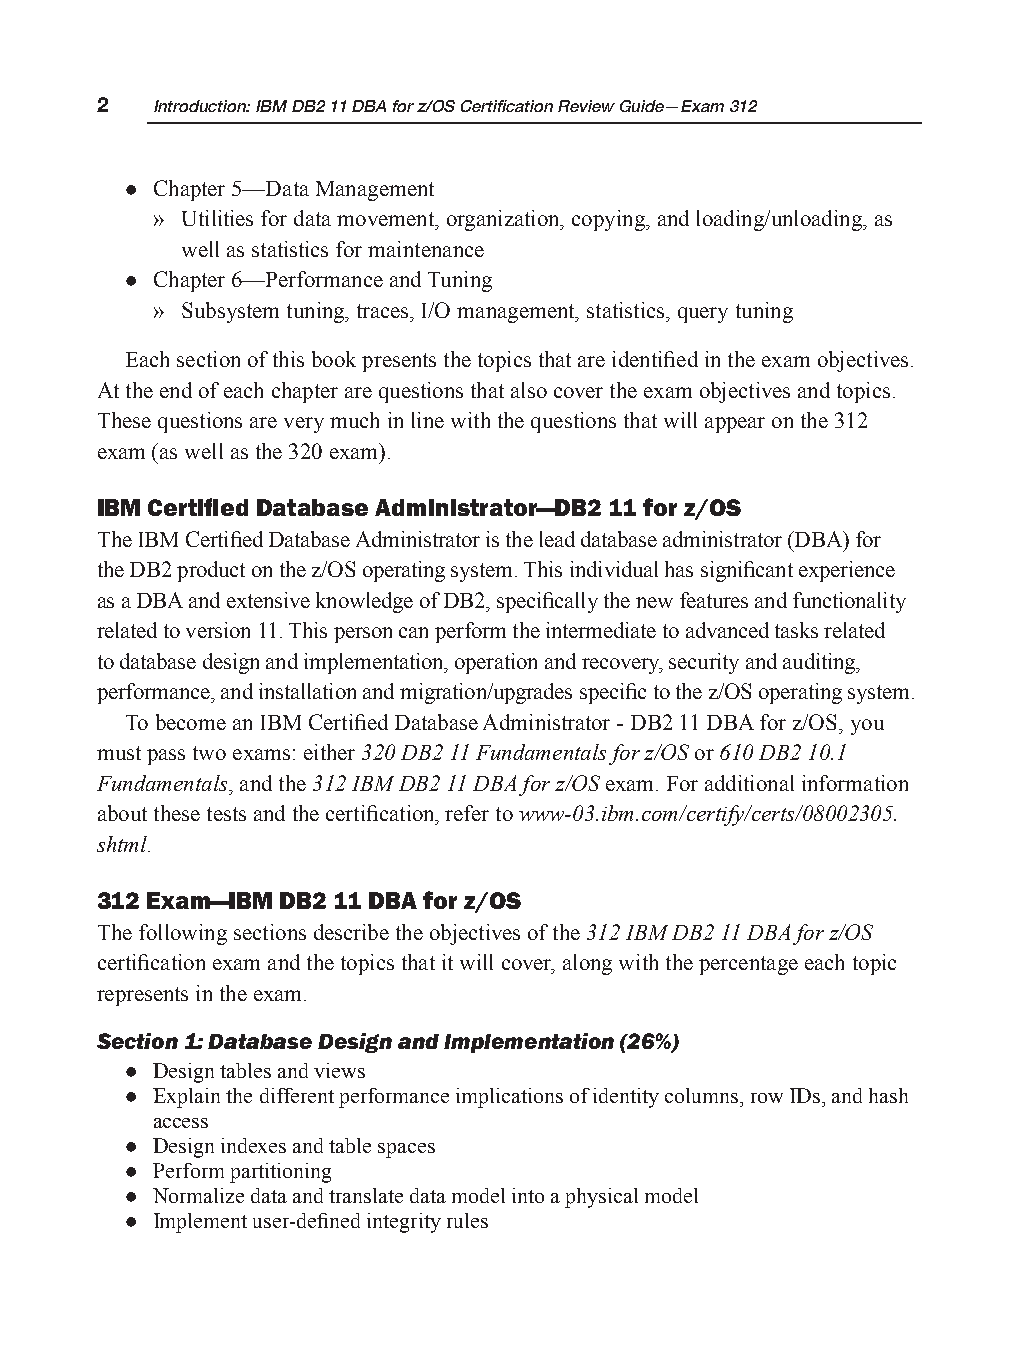
2   Introduction: IBM DB2 11 DBA for z/OS Certification Review Guide—Exam 312
 z Chapter 5—Data Management
 » Utilities for data movement, organization, copying, and loading/unloading, as
 well as statistics for maintenance
 z Chapter 6—Performance and Tuning
 » Subsystem tuning, traces, I/O management, statistics, query tuning
 Each section of this book presents the topics that are identified in the exam objectives.
 At the end of each chapter are questions that also cover the exam objectives and topics.
 These questions are very much in line with the questions that will appear on the 312
 exam (as well as the 320 exam).
 IBM Certified Database Administrator—DB2 11 for z/OS
 The IBM Certified Database Administrator is the lead database administrator (DBA) for
 the DB2 product on the z/OS operating system. This individual has significant experience
 as a DBA and extensive knowledge of DB2, specifically the new features and functionality
 related to version 11. This person can perform the intermediate to advanced tasks related
 to database design and implementation, operation and recovery, security and auditing,
 performance, and installation and migration/upgrades specific to the z/OS operating system.
 To become an IBM Certified Database Administrator - DB2 11 DBA for z/OS, you
 must pass two exams: either 320 DB2 11 Fundamentals for z/OS or 610 DB2 10.1
 Fundamentals, and the 312 IBM DB2 11 DBA for z/OS exam. For additional information
 about these tests and the certification, refer to www-03.ibm.com/certify/certs/08002305.
 shtml.
 312 Exam—IBM DB2 11 DBA for z/OS
 The following sections describe the objectives of the 312 IBM DB2 11 DBA for z/OS
 certification exam and the topics that it will cover, along with the percentage each topic
 represents in the exam.
 Section 1: Database Design and Implementation (26%)
 z Design tables and views
 z Explain the different performance implications of identity columns, row IDs, and hash
 access
 z Design indexes and table spaces
 z Perform partitioning
 z Normalize data and translate data model into a physical model
 z Implement user-defined integrity rules